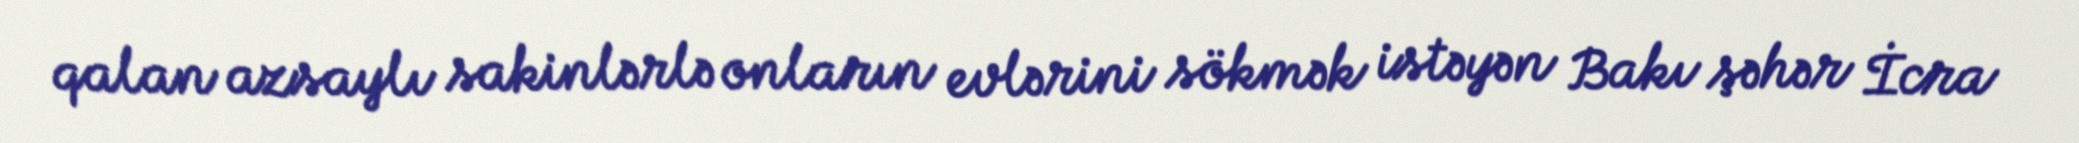
qalan azsaylı sakinlərlə onların evlərini sökmək istəyən Bakı şəhər İcra